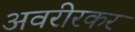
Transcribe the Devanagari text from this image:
अवरीरकर